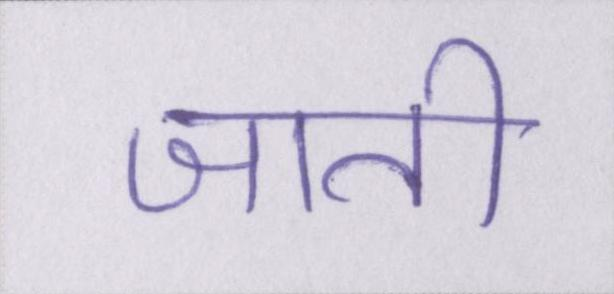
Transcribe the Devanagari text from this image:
जाती